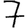
Digit: 7